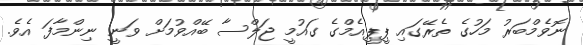
ނޮވެމްބަރު މަހުގެ ތެރޭގައި ޕީޕީއެމްގެ ގައުމީ ޖަލްސާ ބޭއްވުމަށް ވަނީ ނިންމާފަ އެވެ.